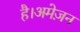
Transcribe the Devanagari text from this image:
है।अमेज़न